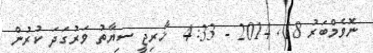
ނޮވެމްބަރު 18